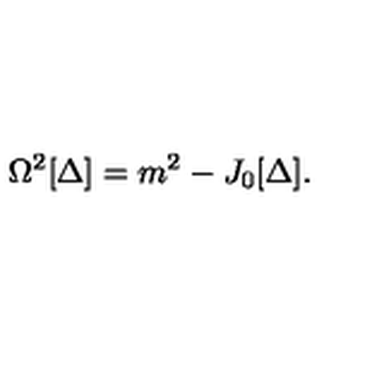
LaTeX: \Omega ^ { 2 } [ \Delta ] = m ^ { 2 } - J _ { 0 } [ \Delta ] .